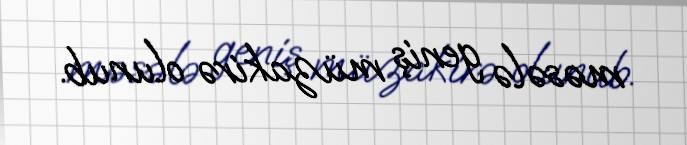
məsələ geniş müzakirə olunub.